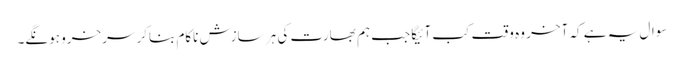
سوال یہ ہے کہ آخر وہ وقت کب آئیگا جب ہم بھارت کی ہر سازش ناکام بناکر سرخرو ہونگے۔